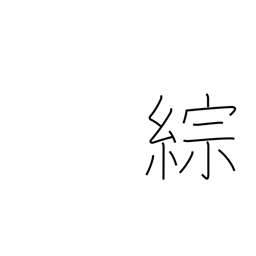
Meaning: synthesize